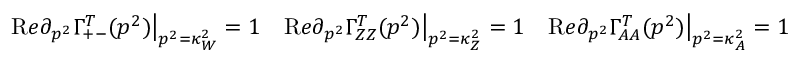
{ \mathrm R e } \partial _ { p ^ { 2 } } \Gamma _ { + - } ^ { T } ( p ^ { 2 } ) \big | _ { p ^ { 2 } = \kappa _ { W } ^ { 2 } } = 1 \quad { \mathrm R e } \partial _ { p ^ { 2 } } \Gamma _ { Z Z } ^ { T } ( p ^ { 2 } ) \big | _ { p ^ { 2 } = \kappa _ { Z } ^ { 2 } } = 1 \quad { \mathrm R e } \partial _ { p ^ { 2 } } \Gamma _ { A A } ^ { T } ( p ^ { 2 } ) \big | _ { p ^ { 2 } = \kappa _ { A } ^ { 2 } } = 1